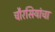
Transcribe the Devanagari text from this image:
चौरसियांचा